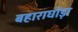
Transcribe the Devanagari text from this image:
बहाराघोड़ा